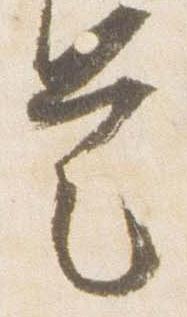
是